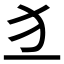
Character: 𤜚